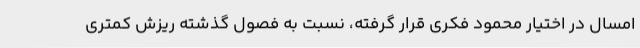
امسال در اختیار محمود فکری قرار گرفته، نسبت به فصول گذشته ریزش کمتری